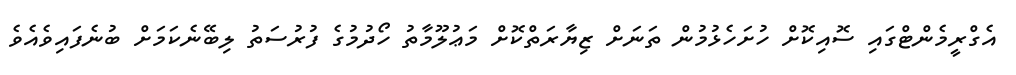
އެގްރީމެންޓްގައި ސޮއިކޮށް ހުށަހެޅުމުން ތަނަށް ޒިޔާރަތްކޮށް މަޢުލޫމާތު ހޯދުމުގެ ފުރުސަތު ލިބޭނެކަމަށް ބުނެފައިވެއެވެ